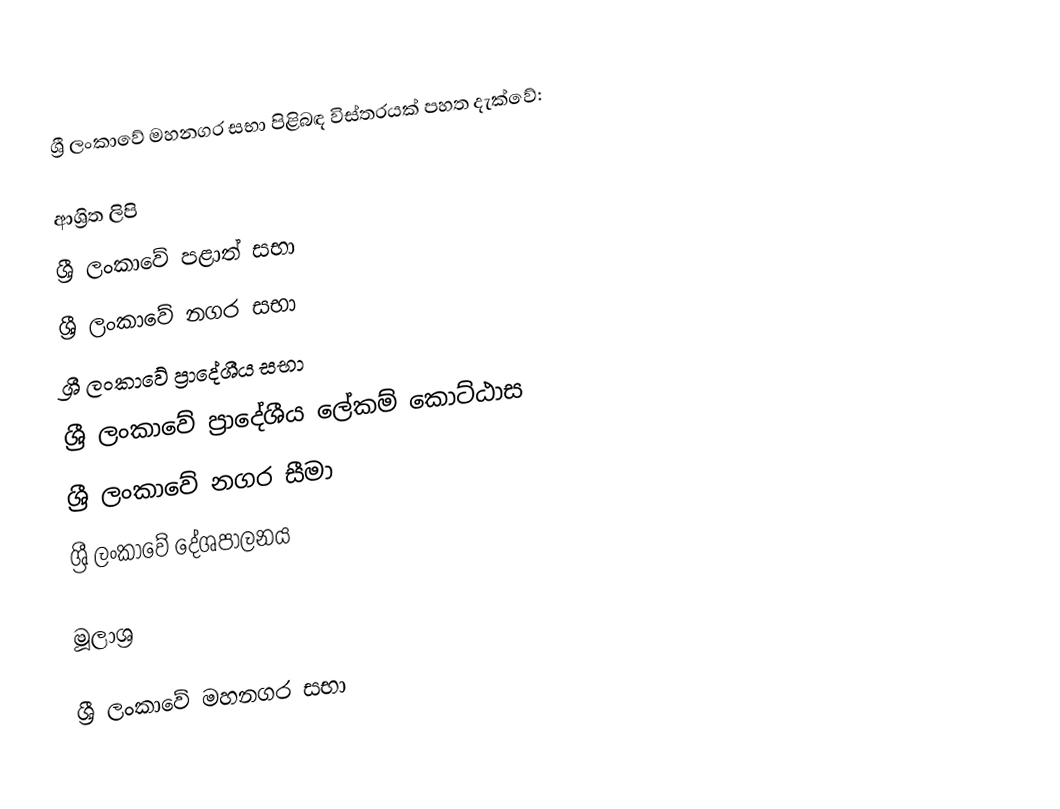
ශ්‍රී ලංකාවේ මහනගර සභා පිළිබඳ විස්තරයක් පහත දැක්වේ:

ආශ්‍රිත ලිපි
ශ්‍රී ලංකාවේ පළාත් සභා
ශ්‍රී ලංකාවේ නගර සභා
ශ්‍රී ලංකාවේ ප්‍රාදේශීය සභා
ශ්‍රී ලංකාවේ ප්‍රාදේශීය ලේකම් කොට්ඨාස
ශ්‍රී ලංකාවේ නගර සීමා
ශ්‍රී ලංකාවේ දේශපාලනය

මූලාශ්‍ර

ශ්‍රී ලංකාවේ මහනගර සභා